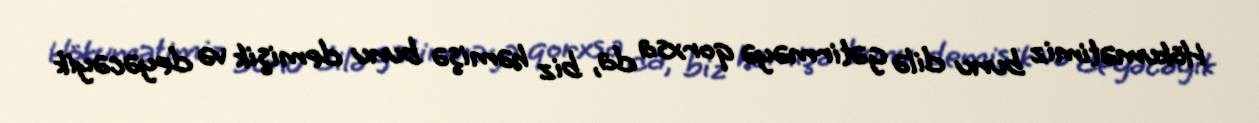
Hökumətimiz bunu dilə gətirməyə qorxsa da, biz həmişə bunu demişik və deyəcəyik